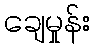
ချေမှုန်း